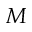
M